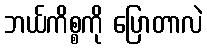
ဘယ်ကိစ္စကို ပြောတာလဲ